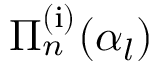
\Pi _ { n } ^ { \mathrm { ( i ) } } ( \alpha _ { l } )